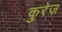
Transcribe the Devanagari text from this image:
कुरेज़